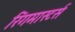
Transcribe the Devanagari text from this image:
रिंगमास्टर्स